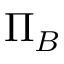
\Pi _ { B }